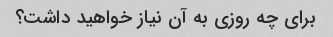
برای چه روزی به آن نیاز خواهید داشت؟